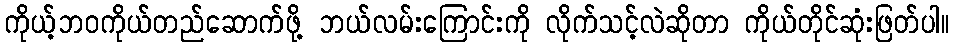
ကိုယ့်ဘဝကိုယ်တည်ဆောက်ဖို့ ဘယ်လမ်းကြောင်းကို လိုက်သင့်လဲဆိုတာ ကိုယ်တိုင်ဆုံးဖြတ်ပါ။